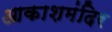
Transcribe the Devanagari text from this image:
आकाशमंदिर